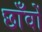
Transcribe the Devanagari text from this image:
छाँवों